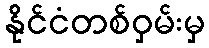
နိုင်ငံတစ်ဝှမ်းမှ